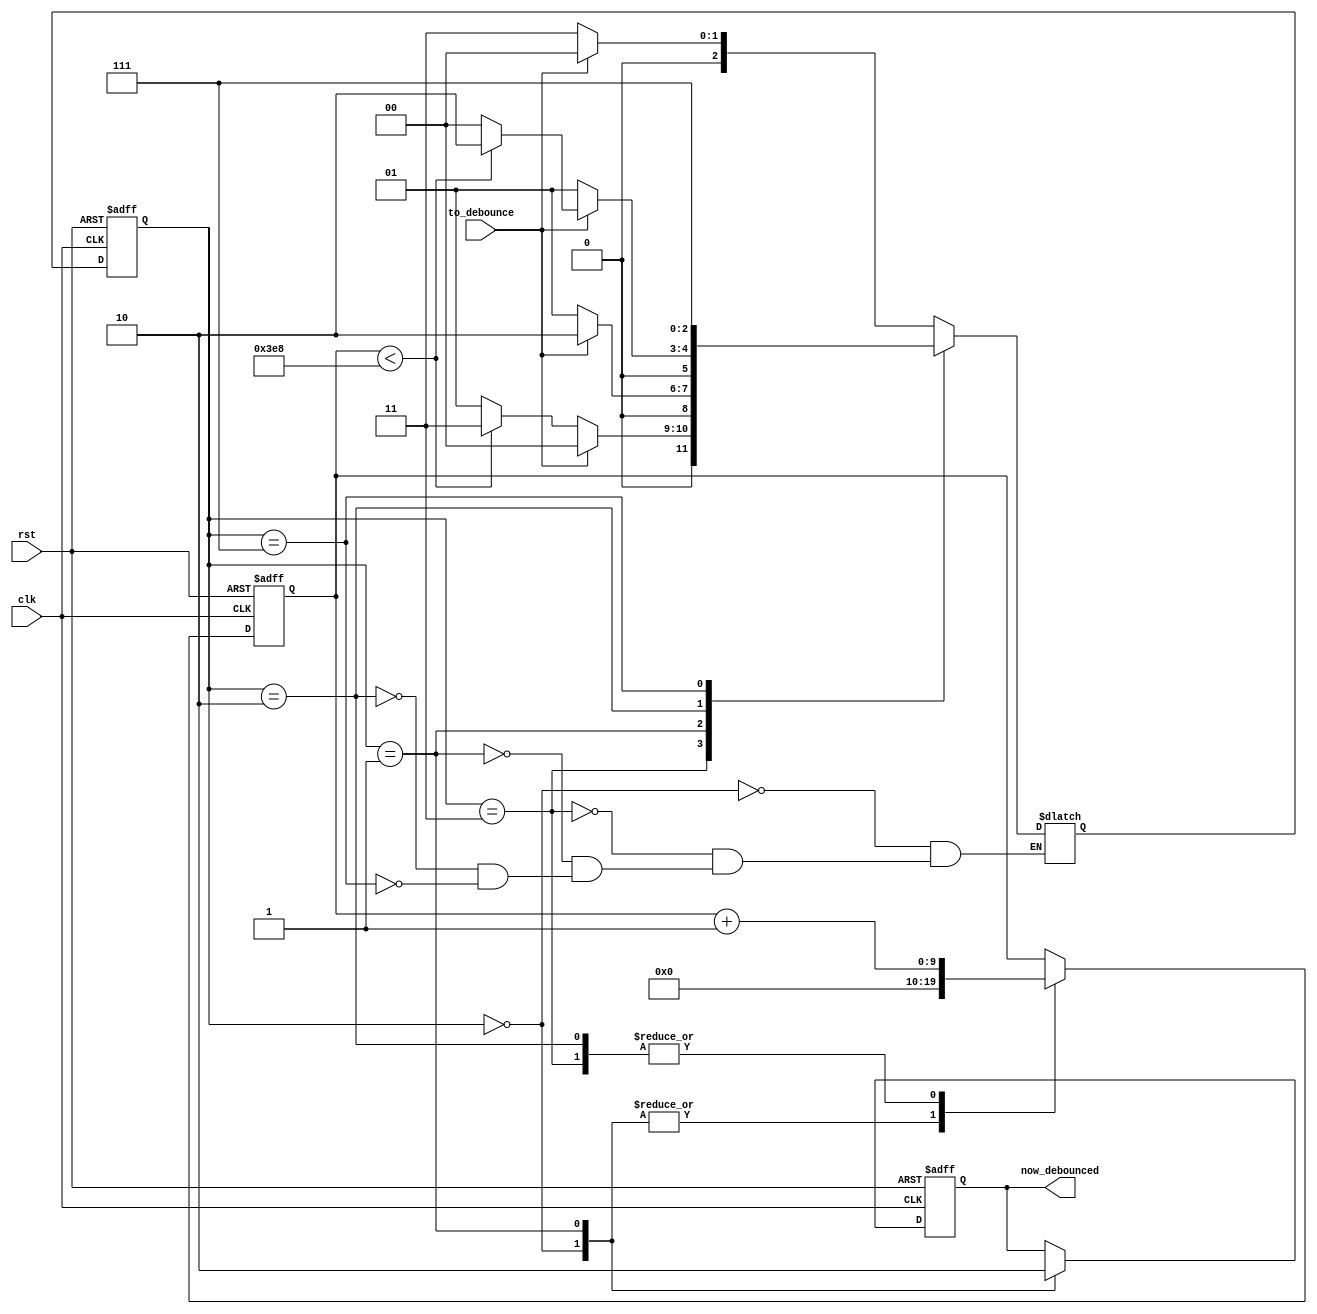
// This code was obtained from Dr. Peter Jamieson.

module debouncer(
	input clk,
	input rst,
	input to_debounce,
	output reg now_debounced
);

//=======================================================
//  PORT declarations
//=======================================================
reg [2:0] S;
reg [2:0] NS;
reg [9:0] ticks_going;

parameter IS_1 = 3'd0,
		IS_0 = 3'd1,
		GOING_1 = 3'd2,
		GOING_0 = 3'd3,
		ERROR = 3'b111;
		
parameter TICKS_TILL_STABILIZED = 1000; // at 50MHz of the DE2 this is 1 microsecond = 1000 ticks

//=======================================================
//  Design
//=======================================================

always @(*)
begin
	case (S)
		IS_1: 
			if (to_debounce == 1'b0)
				NS = GOING_0;
			else
				NS = IS_1;
		GOING_0:
			if (to_debounce == 1'b1)
				NS = IS_1;
			else
				if (ticks_going < TICKS_TILL_STABILIZED)
					NS = GOING_0;
				else
					NS = IS_0;
		IS_0: 
			if (to_debounce == 1'b1)
				NS = GOING_1;
			else
				NS = IS_0;
		GOING_1:
			if (to_debounce == 1'b0)
				NS = IS_0;
			else
				if (ticks_going < TICKS_TILL_STABILIZED)
					NS = GOING_1;
				else
					NS = IS_1;
		ERROR: NS = ERROR;
	endcase
end

always @(posedge clk or negedge rst)
begin
	if (rst == 1'b0)
	begin
		ticks_going <= 10'd0;
		now_debounced <= 1'b1;
	end
	else
	begin
		case (S)
			IS_1: 
			begin
				ticks_going <= 10'd0;
				now_debounced <= 1'b1;
			end
			GOING_0:
			begin
				ticks_going <= ticks_going + 1'b1;
			end
			IS_0: 
			begin
				ticks_going <= 10'd0;
				now_debounced <= 1'b0;
			end
			GOING_1:
			begin
				ticks_going <= ticks_going + 1'b1;
			end
		endcase
	end
end

always @(posedge clk or negedge rst)
begin
	if (rst == 1'b0)
		S <= IS_1;
	else
		S <= NS;
end

endmodule